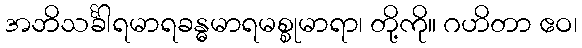
အဘိသင်္ခါရမာရခန္ဓမာရမစ္စုမာရာ၊ တို့ကို။ ဂဟိတာ ဧဝ၊